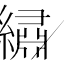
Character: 繡